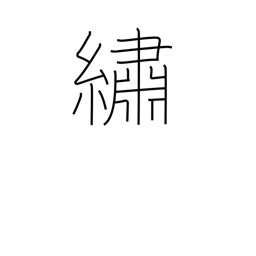
Meaning: embroider